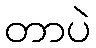
တာပဲ